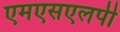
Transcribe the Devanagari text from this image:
एमएसएलपी